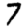
Digit: 7